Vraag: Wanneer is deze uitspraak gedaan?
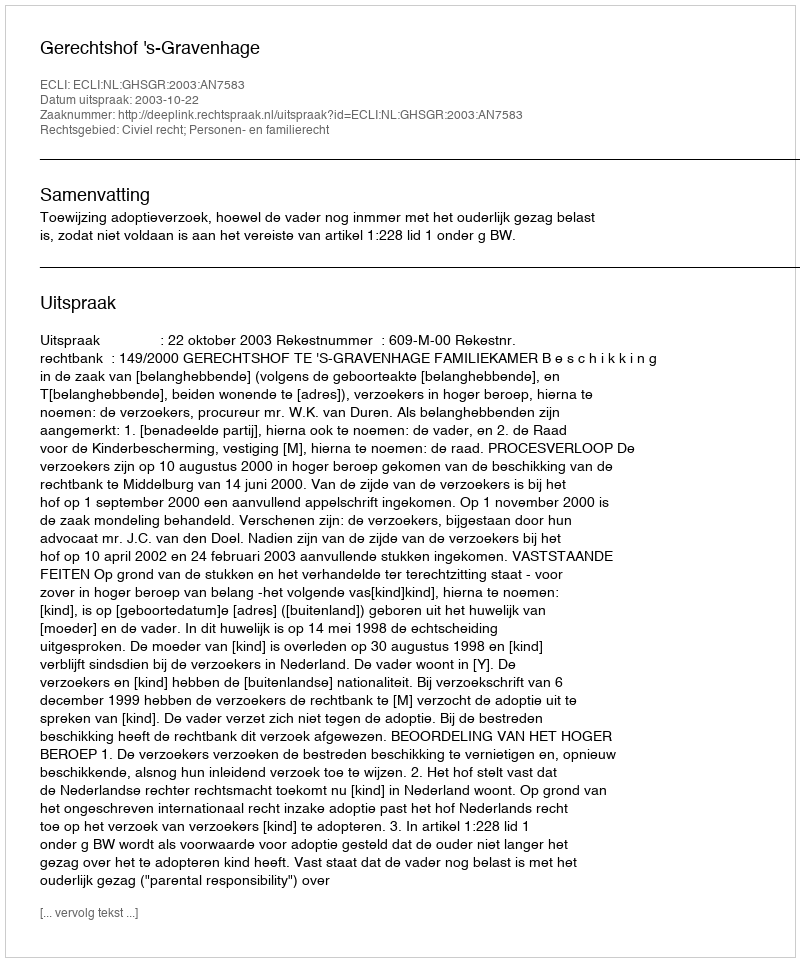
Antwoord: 2003-10-22